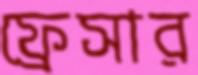
ফ্রেসার